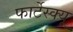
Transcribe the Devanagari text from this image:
फार्टेस्क्यू